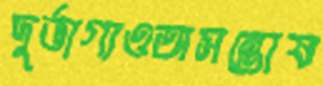
দুর্ভাগ্যওঅসন্তোষ